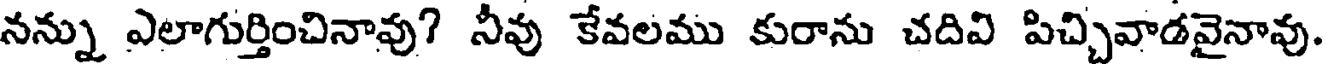
నన్ను ఎలాగుర్తించినావు? నీవు కేవలము కురాను చదివి పిచ్చివాడవైనావు.